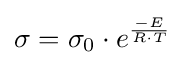
\sigma =\sigma _{0}\cdot e^{\frac {-E}{R\cdot T}}